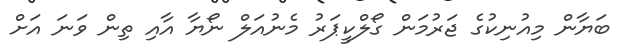
ބަޔާން މިއުނިކުގެ ޖަރުމަން ގޯލްކީޕަރު މެނުއަލް ނޯޔާ އާއި ތިން ވަނަ އަށް